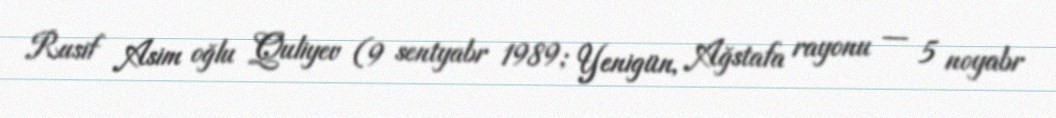
Rusif Asim oğlu Quliyev (9 sentyabr 1989; Yenigün, Ağstafa rayonu — 5 noyabr